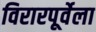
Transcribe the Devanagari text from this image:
विरारपूर्वेला